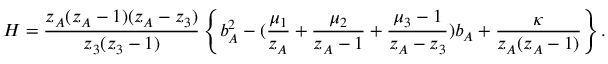
H = \frac { z _ { A } ( z _ { A } - 1 ) ( z _ { A } - z _ { 3 } ) } { z _ { 3 } ( z _ { 3 } - 1 ) } \left\{ b _ { A } ^ { 2 } - ( \frac { \mu _ { 1 } } { z _ { A } } + \frac { \mu _ { 2 } } { z _ { A } - 1 } + \frac { \mu _ { 3 } - 1 } { z _ { A } - z _ { 3 } } ) b _ { A } + \frac { \kappa } { z _ { A } ( z _ { A } - 1 ) } \right\} .